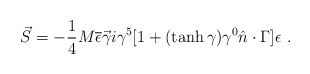
\begin{align*}\vec S=-{1\over4}M\overline{\epsilon}\vec\gamma i\gamma^5[1+(\tanh\gamma)\gamma^0\hat n\cdot\Gamma]\epsilon\ .\end{align*}